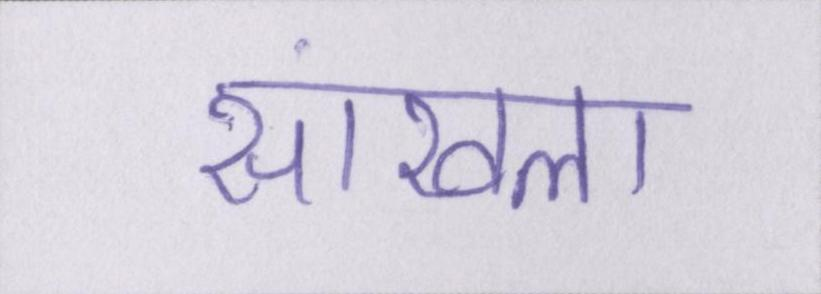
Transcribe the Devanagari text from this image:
सांखला